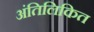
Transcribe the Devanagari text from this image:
अंतिलिकित